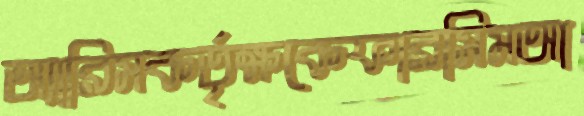
অ্যারিসকর্তৃক্ষকেফারসিমআ